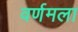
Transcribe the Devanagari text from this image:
वर्णमला